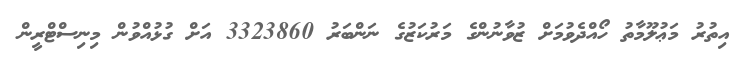
އިތުރު މަޢުލޫމާތު ހޯއްދެވުމަށް ޒުވާނުންގެ މަރުކަޒުގެ ނަންބަރު 3323860 އަށް ގުޅުއްވުން މިނިސްޓްރީން